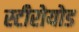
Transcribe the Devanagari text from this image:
स्टीरोयोड